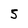
Character: 5